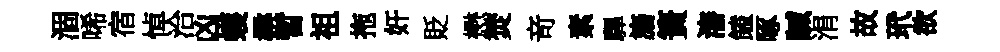
涸唏宿悼洽凶蠖楙暫祖拖奸貶懋焚竒素驆旛簣瀋饁啄贓涓故玳欲